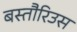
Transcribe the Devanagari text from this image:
बस्तौरिउस